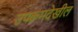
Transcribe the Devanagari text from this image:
उपक्रमदेखील